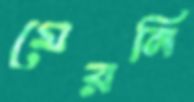
মেরনি